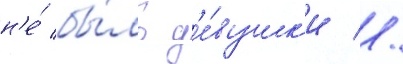
н'е́ бы́ло д'е́вушк'и //